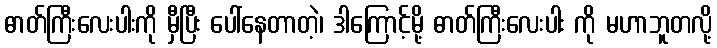
ဓာတ်ကြီးလေးပါးကို မှီပြီး ပေါ်နေတာတဲ့၊ ဒါကြောင့်မို့ ဓာတ်ကြီးလေးပါး ကို မဟာဘူတလို့